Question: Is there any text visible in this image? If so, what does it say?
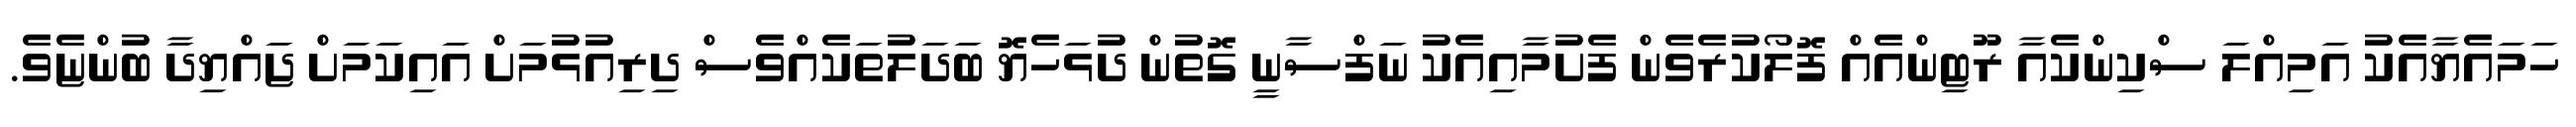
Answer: ހަމައެޔާއެކު އަމިއްލަ ސްކިންކެއާ ރޫޓިންއެއް ފޮލޯކުރެވެން ފެށުމާއިއެކު ނަފްސާނީ ގޮތުން ދުޅަހެޔޮ ބަދަލުތަކެއްވެސް ދިރިއުޅުމަށް އައިކަމަށް ޖައްޔިދާ ބުންޏެވެ.